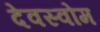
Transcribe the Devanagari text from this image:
देवस्‍वोम